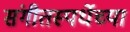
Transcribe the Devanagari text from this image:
संगीतस्पर्धेच्या